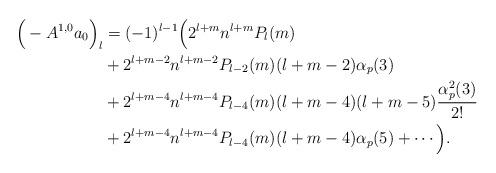
LaTeX: \begin{align*}\Big(-A^{1,0}a_0\Big)_l &= (-1)^{l-1} \Big( 2^{l+m} n^{l+m} P_l(m) \\&+ 2^{l+m-2} n^{l+m-2} P_{l-2}(m)(l+m-2)\alpha_p(3) \\&+ 2^{l+m-4} n^{l+m-4} P_{l-4}(m)(l+m-4)(l+m-5)\frac{\alpha^2_p(3)}{2!} \\&+ 2^{l+m-4} n^{l+m-4} P_{l-4}(m)(l+m-4)\alpha_p(5) + \cdots \Big). \end{align*}